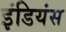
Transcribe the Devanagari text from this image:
इंडियंस